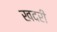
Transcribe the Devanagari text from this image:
खदरी